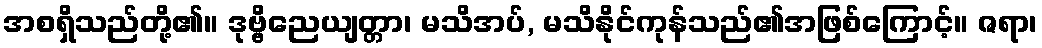
အစရှိသည်တို့၏။ ဒုဗ္ဗိညေယျတ္တာ၊ မသိအပ်, မသိနိုင်ကုန်သည်၏အဖြစ်ကြောင့်။ ဇရာ၊